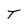
Character: T